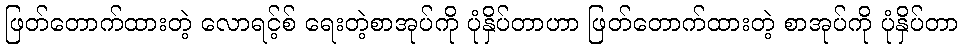
ဖြတ်တောက်ထားတဲ့ လောရင့်စ် ရေးတဲ့စာအုပ်ကို ပုံနှိပ်တာဟာ ဖြတ်တောက်ထားတဲ့ စာအုပ်ကို ပုံနှိပ်တာ